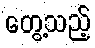
တွေ့သည့်